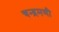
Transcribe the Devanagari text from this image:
चन्द्रमणी